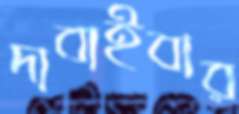
দাবাইবার